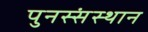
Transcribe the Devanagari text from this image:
पुनस्संस्थान